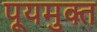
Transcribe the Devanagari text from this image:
पूयमुक्त